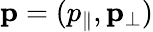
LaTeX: \mathbf{p}=(p_{\| },\mathbf{p}_{\perp})